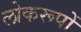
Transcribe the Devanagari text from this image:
लोकरूपों